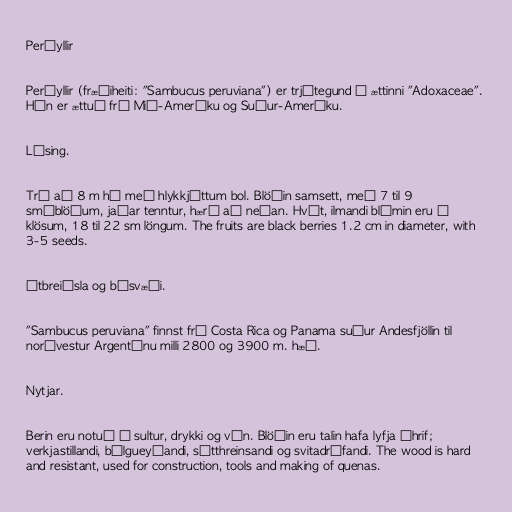
Perúyllir

Perúyllir (fræðiheiti: "Sambucus peruviana") er trjátegund í ættinni "Adoxaceae".
Hún er ættuð frá Mið-Ameríku og Suður-Ameríku.

Lýsing.

Tré að 8 m há með hlykkjóttum bol. Blöðin samsett, með 7 til 9
smáblöðum, jaðar tenntur, hærð að neðan. Hvít, ilmandi blómin eru í
klösum, 18 til 22 sm löngum. The fruits are black berries 1.2 cm in diameter, with
3-5 seeds.

Útbreiðsla og búsvæði.

"Sambucus peruviana" finnst frá Costa Rica og Panama suður Andesfjöllin til
norðvestur Argentínu milli 2800 og 3900 m. hæð.

Nytjar.

Berin eru notuð í sultur, drykki og vín. Blöðin eru talin hafa lyfja áhrif;
verkjastillandi, bólgueyðandi, sótthreinsandi og svitadrífandi. The wood is hard
and resistant, used for construction, tools and making of quenas.